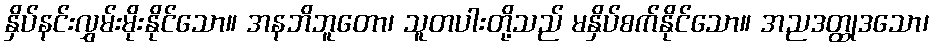
နှိပ်နင်းလွှမ်းမိုးနိုင်သော။ အနဘိဘူတော၊ သူတပါးတို့သည် မနှိပ်စက်နိုင်သော။ အညဒတ္ထုဒသော၊